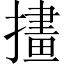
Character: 㩇